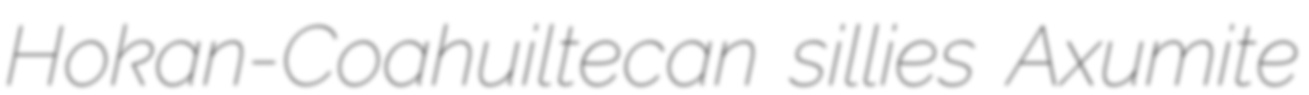
Hokan-Coahuiltecan sillies Axumite